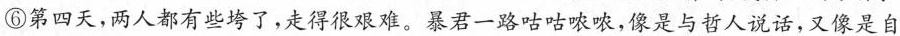
⑥第四天，两人都有些垮了，走得很艰难。暴君一路咕咕哝哝，像是与哲人说话，又像是自